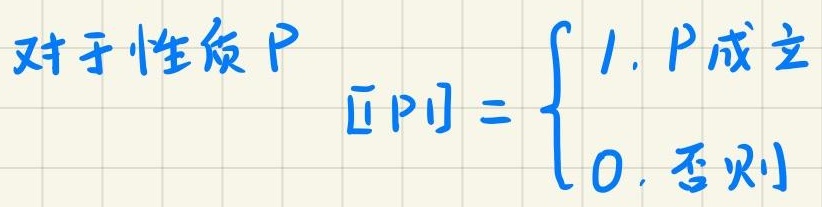
对于性质 $P$ $\llbracket P \rrbracket = \begin{cases} 1, & P成立 \\ 0, & 否则 \end{cases}$